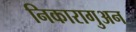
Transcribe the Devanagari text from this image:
निकारागुअन